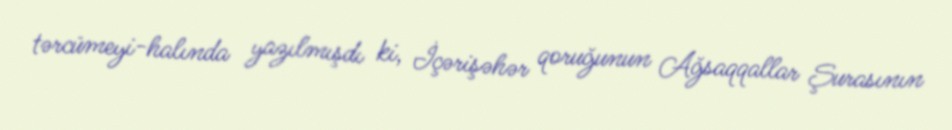
tərcümeyi-halında yazılmışdı ki, İçərişəhər qoruğunun Ağsaqqallar Şurasının